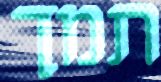
תמך